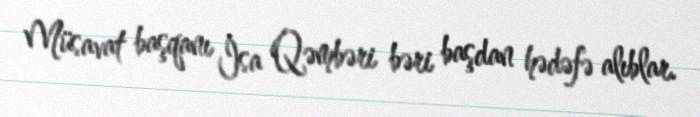
Müsavat başqanı İsa Qəmbəri bəri başdan hədəfə alıblar.